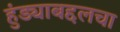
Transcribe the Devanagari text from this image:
हुंड्याबद्दलचा